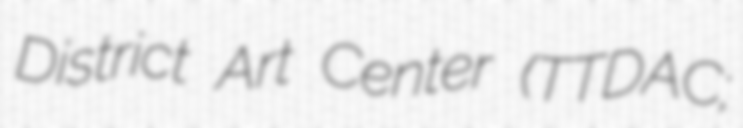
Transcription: District Art Center (TTDAC;